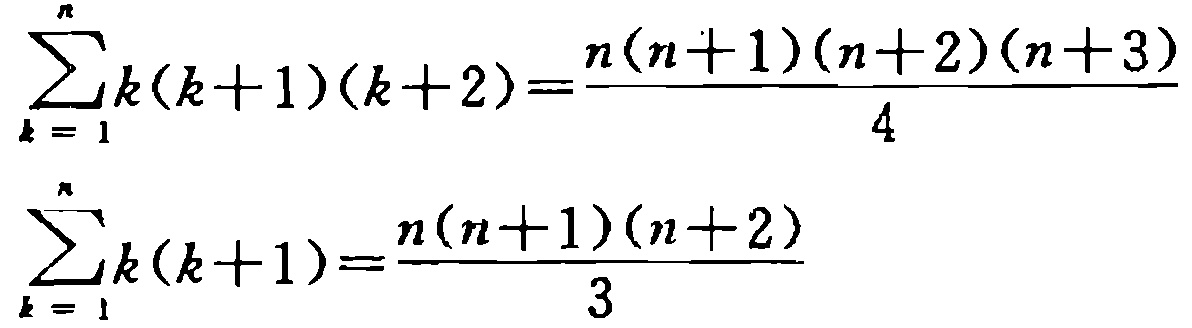
\[\sum_{k = 1}^{n}k(k + 1)(k + 2)=\frac{n(n + 1)(n + 2)(n + 3)}{4}\]

\[\sum_{k = 1}^{n}k(k + 1)=\frac{n(n + 1)(n + 2)}{3}\]